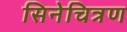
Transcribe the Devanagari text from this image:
सिनेचित्रण